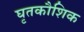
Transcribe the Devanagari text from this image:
घृतकौशिक